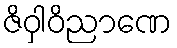
ဇိဝှါဝိညာဏေ